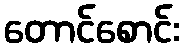
တောင်စောင်း